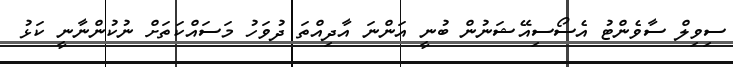
ސިވިލް ސާވެންޓު އެސޯސިއޭޝަނުން ބުނީ އަންނަ އާދިއްތަ ދުވަހު މަސައްކަތަށް ނުކުންނާނީ ކަޅު